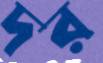
দর